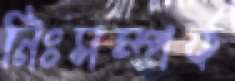
নিঃসম্পর্ক